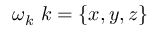
\omega _ { k } \ k = \{ x , y , z \}